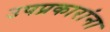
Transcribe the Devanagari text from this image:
उपप्रकारांना